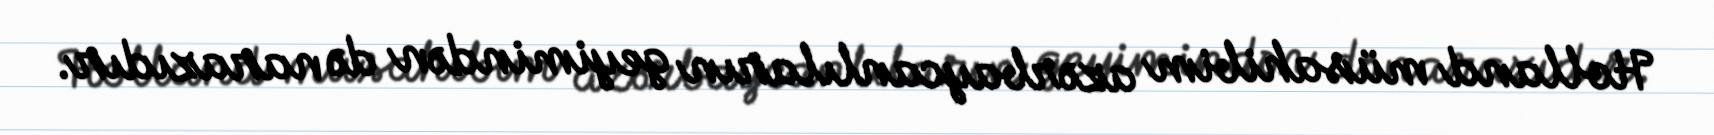
Holland müsahibim azərbaycanlıların geyimindən də narazıdır.